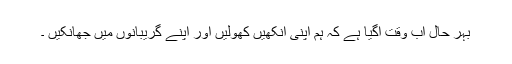
بہر حال اب وقت آگیا ہے کہ ہم اپنی آنکھیں کھولیں اور اپنے گریبانوں میں جھانکیں ۔